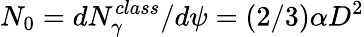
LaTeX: N_{0}=dN_{\gamma}^{class}/d\psi=(2/3)\alpha D^{2}